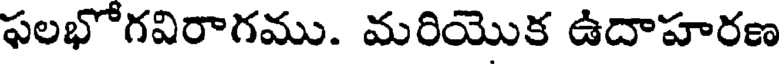
ఫలభోగవిరాగము. మరియొక ఉదాహరణ